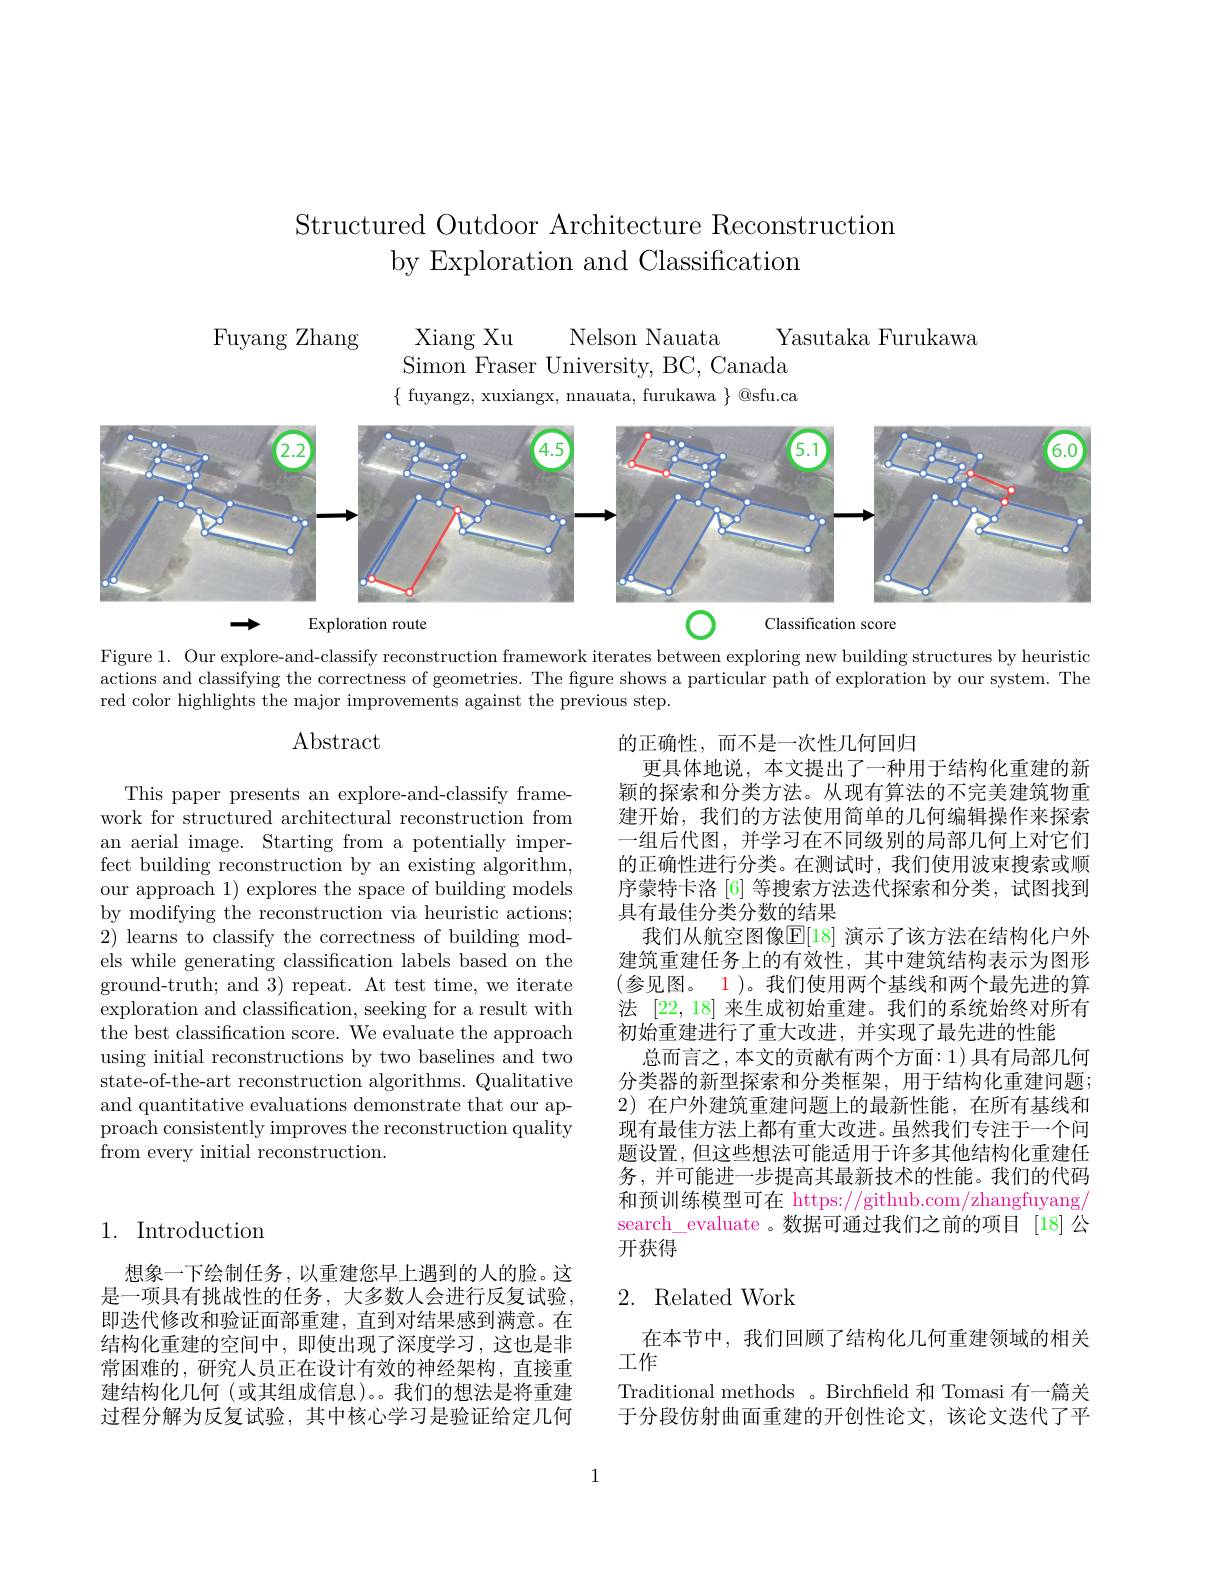
# Structured Outdoor Architecture Reconstruction by Exploration and Classification

Fuyang Zhang
Xiang Xu
Nelson Nauata
Yasutaka Furukawa
Simon Fraser University, BC, Canada $\{$ fuyangz, xuxiangx, nnauata, furukawa $\}$ @sfu.ca

<FigureHere>

Figure 1. Our explore-and-classify reconstruction framework iterates between exploring new building structures by heuristic actions and classifying the correctness of geometries. The figure shows a particular path of exploration by our system. The red color highlights the major improvements against the previous step.

## Abstract

This paper presents an explore-and-classify framework for structured architectural reconstruction from an aerial image. Starting from a potentially imperfect building reconstruction by an existing algorithm, our approach 1) explores the space of building models by modifying the reconstruction via heuristic actions; 2) learns to classify the correctness of building models while generating classification labels based on the ground-truth; and 3) repeat. At test time, we iterate exploration and classification, seeking for a result with the best classification score. We evaluate the approach using initial reconstructions by two baselines and two state-of-the-art reconstruction algorithms. Qualitative and quantitative evaluations demonstrate that our ap- $\dot{\text{proach consistently improves the reconstruction quality}}$ from every initial reconstruction.

的正确性，而不是一次性几何回归
更具体地说，本文提出了一种用于结构化重建的新颖的探索和分类方法。从现有算法的不完美建筑物重建开始，我们的方法使用简单的几何编辑操作来探索一组后代图，并学习在不同级别的局部几何上对它们的正确性进行分类。在测试时，我们使用波束搜索或顺序蒙特卡洛 [6] 等搜索方法迭代探索和分类，试图找到具有最佳分类分数的结果
我们从航空图像$\mathbb{E}[18]$ 演示了该方法在结构化户外建筑重建任务上的有效性，其中建筑结构表示为图形(参见图。1)。我们使用两个基线和两个最先进的算法[22,18]来生成初始重建。我们的系统始终对所有初始重建进行了重大改进，并实现了最先进的性能
总而言之，本文的贡献有两个方面：1)具有局部几何分类器的新型探索和分类框架，用于结构化重建问题； 2)在户外建筑重建问题上的最新性能，在所有基线和现有最佳方法上都有重大改进。虽然我们专注于一个问题设置，但这些想法可能适用于许多其他结构化重建任务，并可能进一步提高其最新技术的性能。我们的代码和预训练模型可在 https://github.com/zhangfuyang search\_evaluate 。数据可通过我们之前的项目 [18]公开获得

## 1. Introduction

# 2. Related Work

想象一下绘制任务，以重建您早上遇到的人的脸。这是一项具有挑战性的任务，大多数人会进行反复试验， 即迭代修改和验证面部重建，直到对结果感到满意。在结构化重建的空间中，即使出现了深度学习，这也是非常困难的，研究人员正在设计有效的神经架构，直接重建结构化几何(或其组成信息)。。我们的想法是将重建过程分解为反复试验，其中核心学习是验证给定几何

在本节中，我们回顾了结构化几何重建领域的相关
工作
Traditional methods 。Birchfield 和 Tomasi 有一篇关于分段仿射曲面重建的开创性论文，该论文迭代了平

1